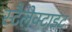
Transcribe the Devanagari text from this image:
स्टैलेक्टाइट